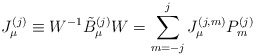
\begin{align*}J_{\mu}^{(j)} \equiv W^{-1} \tilde{B}_{\mu}^{(j)} W =\sum_{m=-j}^{j} J_{\mu}^{(j,m)}P_m^{(j)}\end{align*}